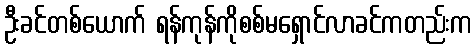
ဦးခင်တစ်ယောက် ရန်ကုန်ကိုစစ်မရှောင်လာခင်ကတည်းက